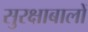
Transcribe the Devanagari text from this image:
सुरक्षाबालों